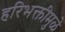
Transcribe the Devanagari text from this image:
हरिभक्तीमुळे